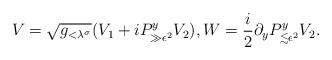
LaTeX: \begin{align*}V=\sqrt{g_{<\lambda^\sigma}} (V_1+iP_{\gg\epsilon^2 }^yV_2), W =\frac{i}2 \partial_y P_{\lesssim \epsilon^2}^yV_2.\end{align*}